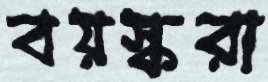
বয়স্করা